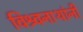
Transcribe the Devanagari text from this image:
विश्र्वनाथांनी